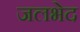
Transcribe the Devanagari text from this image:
जलभेद